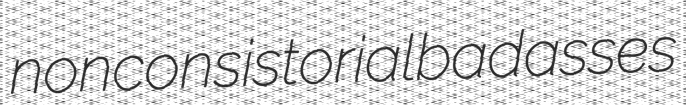
nonconsistorial badasses